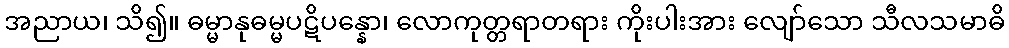
အညာယ၊ သိ၍။ ဓမ္မာနုဓမ္မပဋိပန္နော၊ လောကုတ္တရာတရား ကိုးပါးအား လျော်သော သီလသမာဓိ